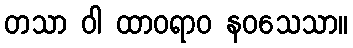
တသာ ဝါ ထာဝရာဝ နဝသေသာ။